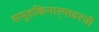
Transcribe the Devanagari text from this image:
समुद्रकिनार्‍यावरची